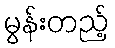
မွန်းတည့်